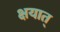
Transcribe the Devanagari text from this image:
क्षयात्